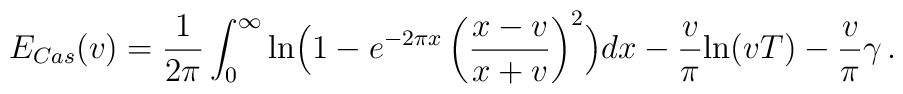
E_{Cas}(v) = \frac{1}{2\pi} \int_{0}^{\infty} {\rm ln}\Bigl( 1 - e^{-2\pi x}\left( \frac{ x-v}{x+v } \right)^{2}  \Bigr) dx - \frac{v}{\pi}{\rm ln}(vT) - \frac{v}{\pi} \gamma \, .